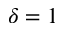
\delta = 1